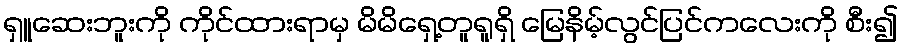
ရှူဆေးဘူးကို ကိုင်ထားရာမှ မိမိရှေ့တူရူရှိ မြေနိမ့်လွင်ပြင်ကလေးကို စီး၍